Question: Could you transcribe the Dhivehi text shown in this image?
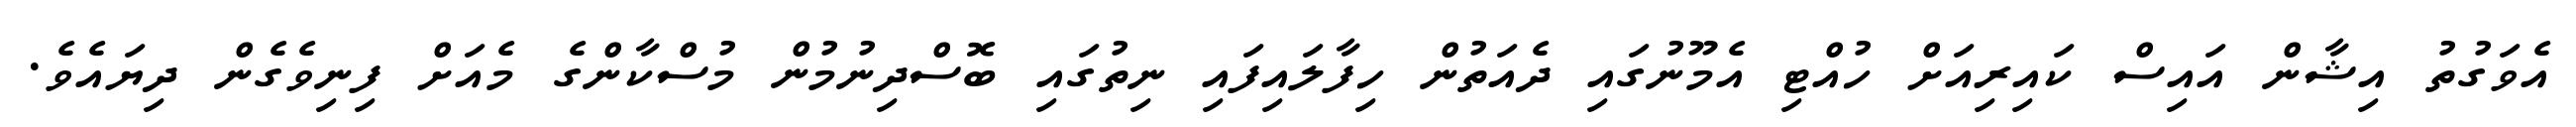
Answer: އެވަގުތު އިޝާން އައިސް ކައިރިއަށް ހުއްޓި އެމޫނުގައި ދެއަތުން ހިފާލައިފައި ނިތުގައި ބޮސްދިނުމުން މުސްކާންގެ މެއަށް ފިނިވެގެން ދިޔައެވެ.